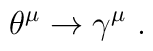
\theta^{\mu} \rightarrow \gamma^{\mu} \ .